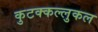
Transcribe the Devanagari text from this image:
कुटक्कल्लुकल